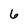
Character: 6